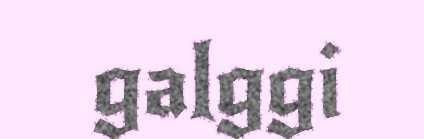
galggi